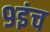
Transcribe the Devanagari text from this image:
९इंच